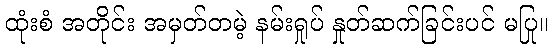
ထုံးစံ အတိုင်း အမှတ်တမဲ့ နမ်းရှုပ် နှုတ်ဆက်ခြင်းပင် မပြု။